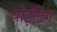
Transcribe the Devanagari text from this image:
पोइंटिंग